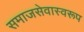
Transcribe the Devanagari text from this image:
समाजसेवास्वरूप